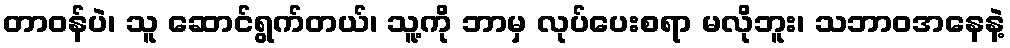
တာဝန်ပဲ၊ သူ ဆောင်ရွက်တယ်၊ သူ့ကို ဘာမှ လုပ်ပေးစရာ မလိုဘူး၊ သဘာဝအနေနဲ့